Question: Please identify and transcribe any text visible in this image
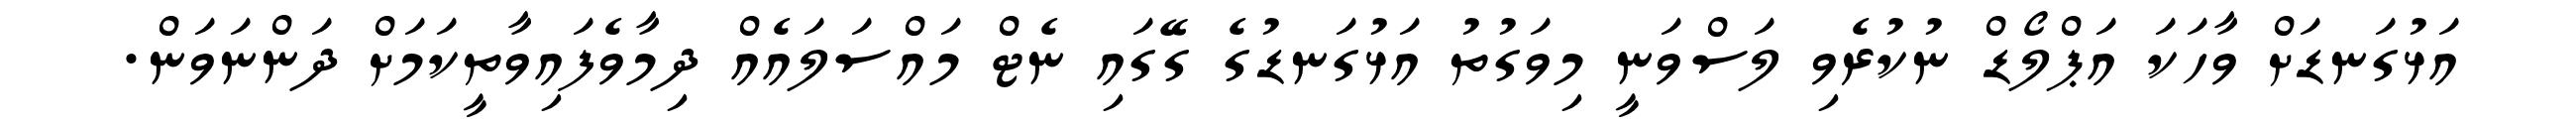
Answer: އަޅުގަނޑަށް ވާހަކަ އަޕްލޯޑް ނުކުރެވި ލަސްވަނީ މިވަގުތު އަޅުގަނޑުގެ ގޭގައި ނެޓް މައްސަލައެއް ދިމާވެފައިވާތީކަމަށް ދަންނަވަން.